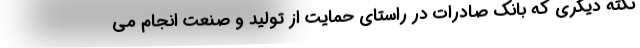
نکته دیگری که بانک صادرات در راستای حمایت از تولید و صنعت انجام می